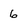
Character: 6